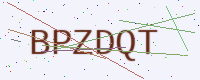
Text: BPZDQT